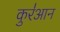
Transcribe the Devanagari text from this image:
कुर॑आन